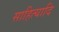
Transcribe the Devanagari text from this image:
साहित्यादि